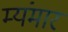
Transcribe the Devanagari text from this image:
म्यंमार